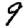
Digit: 9